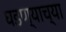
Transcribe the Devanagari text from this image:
घडण्याच्या